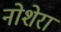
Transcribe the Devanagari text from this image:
नोशेरा